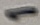
Text: 1